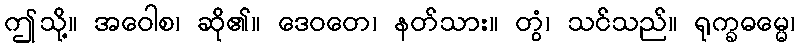
ဤသို့။ အဝေါစ၊ ဆို၏။ ဒေဝတေ၊ နတ်သား။ တွံ၊ သင်သည်။ ရုက္ခဓမ္မေ၊